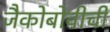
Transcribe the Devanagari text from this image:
जैकोबोवीची